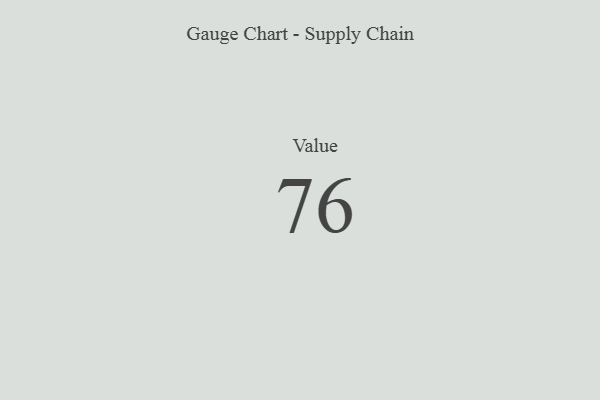
{"axis": {"x": "Metric", "y": "Value"}, "legend": [""], "data": [{"x": "Value", "y": 76, "type": ""}]}